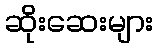
ဆိုးဆေးများ